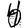
Digit: 4